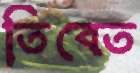
তিবেত